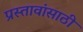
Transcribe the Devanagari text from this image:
प्रस्तावांसाठी